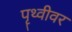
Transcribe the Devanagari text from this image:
पॄथ्वीवर